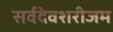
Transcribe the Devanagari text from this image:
सर्वदेवशरीजम